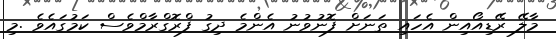
މާލޭ ރޭޑިއޯއިން އެހައި ތަނަށް ފޮނުވުނު އެންމެ ދިގު ފްރޮގްރާމްވެސް ކަމުގައެވެ .މި